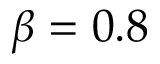
\beta = 0 . 8